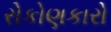
રોકોણકારો